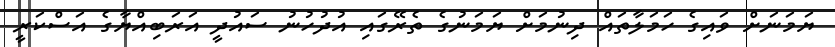
ޔަމަނަށް ވައިގެ ހަމަލާތައް ދިނުމަށް ޔަމަނުގެ ތެރޭގައި އުދުހުނު ސައުދީ އަރަބިއްޔާގެ އަސްކަރީ